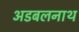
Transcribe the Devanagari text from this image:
अडबलनाथ